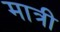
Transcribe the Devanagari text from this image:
मात्री